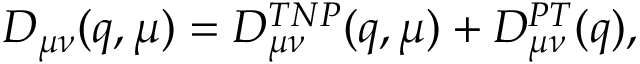
D _ { \mu \nu } ( q , \mu ) = D _ { \mu \nu } ^ { T N P } ( q , \mu ) + D _ { \mu \nu } ^ { P T } ( q ) ,